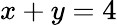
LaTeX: x+y=4